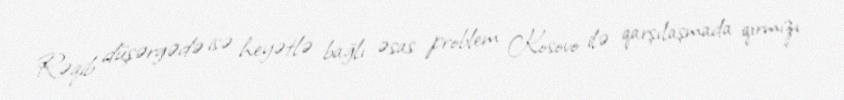
Rəqib düşərgədə isə heyətlə bağlı əsas problem Kosovo ilə qarşılaşmada qırmızı